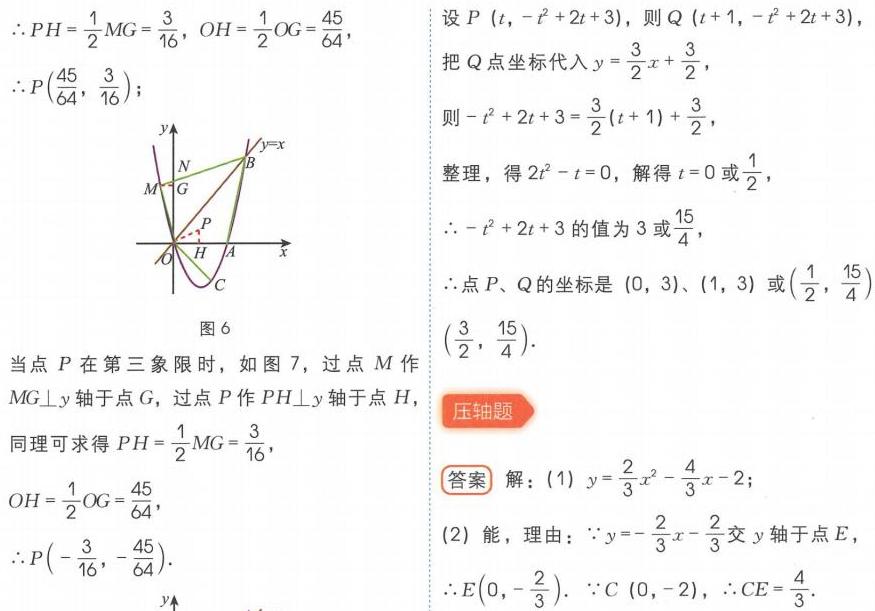
\(\therefore PH = \frac{1}{2}MG=\frac{3}{16}\), \(OH=\frac{1}{2}OG = \frac{45}{64}\),
\(\therefore P(\frac{45}{64},\frac{3}{16})\);

设\(P(t,-t^{2}+2t + 3)\)，则\(Q(t + 1,-t^{2}+2t + 3)\)，
把\(Q\)点坐标代入\(y=\frac{3}{2}x+\frac{3}{2}\)，
则\(-t^{2}+2t + 3=\frac{3}{2}(t + 1)+\frac{3}{2}\)，
整理，得\(2t^{2}-t = 0\)，解得\(t = 0\)或\(\frac{1}{2}\)，
\(\therefore -t^{2}+2t + 3\)的值为\(3\)或\(\frac{15}{4}\)，
\(\therefore\)点\(P、Q\)的坐标是\((0,3)\)、\((1,3)\)或\((\frac{1}{2},\frac{15}{4})\)、\((\frac{3}{2},\frac{15}{4})\)。

当点\(P\)在第三象限时，如图7，过点\(M\)作\(MG\perp y\)轴于点\(G\)，过点\(P\)作\(PH\perp y\)轴于点\(H\)，
同理可求得\(PH=\frac{1}{2}MG=\frac{3}{16}\)，
\(OH=\frac{1}{2}OG=\frac{45}{64}\)，
\(\therefore P(-\frac{3}{16},-\frac{45}{64})\)。

**压轴题**
**答案** 解：(1) \(y = \frac{2}{3}x^{2}-\frac{4}{3}x - 2\)；
(2) 能，理由：\(\because y=-\frac{2}{3}x-\frac{2}{3}\)交\(y\)轴于点\(E\)，
\(\therefore E(0,-\frac{2}{3})\)。\(\because C(0,-2)\)，\(\therefore CE=\frac{4}{3}\)。